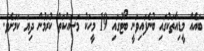
ބައެއް މީޑިއާތަކުގައި ބުނެފައިވަނީ ބޯޓުގައި 19 މީހަކު މަސައްކަތް ކުރަމުން ދިޔަ ކަމަށެވެ.